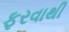
ફરવાથી